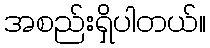
အစည်းရှိပါတယ်။